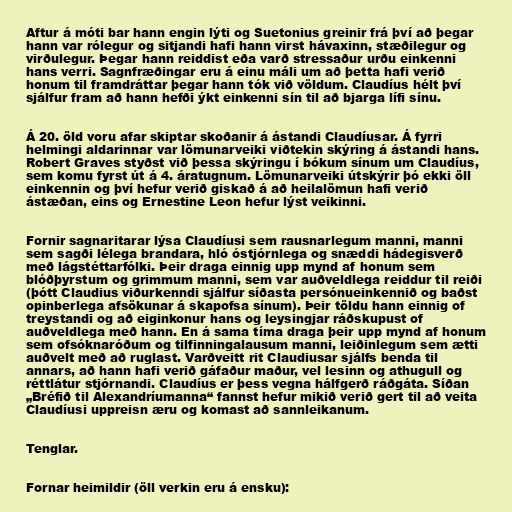
Aftur á móti bar hann engin lýti og Suetonius greinir frá því að þegar
hann var rólegur og sitjandi hafi hann virst hávaxinn, stæðilegur og
virðulegur. Þegar hann reiddist eða varð stressaður urðu einkenni
hans verri. Sagnfræðingar eru á einu máli um að þetta hafi verið
honum til framdráttar þegar hann tók við völdum. Claudíus hélt því
sjálfur fram að hann hefði ýkt einkenni sín til að bjarga lífi sínu.

Á 20. öld voru afar skiptar skoðanir á ástandi Claudíusar. Á fyrri
helmingi aldarinnar var lömunarveiki viðtekin skýring á ástandi hans.
Robert Graves styðst við þessa skýringu í bókum sínum um Claudíus,
sem komu fyrst út á 4. áratugnum. Lömunarveiki útskýrir þó ekki öll
einkennin og því hefur verið giskað á að heilalömun hafi verið
ástæðan, eins og Ernestine Leon hefur lýst veikinni.

Fornir sagnaritarar lýsa Claudíusi sem rausnarlegum manni, manni
sem sagði lélega brandara, hló óstjórnlega og snæddi hádegisverð
með lágstéttarfólki. Þeir draga einnig upp mynd af honum sem
blóðþyrstum og grimmum manni, sem var auðveldlega reiddur til reiði
(þótt Claudius viðurkenndi sjálfur síðasta persónueinkennið og baðst
opinberlega afsökunar á skapofsa sínum). Þeir töldu hann einnig of
treystandi og að eiginkonur hans og leysingjar ráðskupust of
auðveldlega með hann. En á sama tíma draga þeir upp mynd af honum
sem ofsóknaróðum og tilfinningalausum manni, leiðinlegum sem ætti
auðvelt með að ruglast. Varðveitt rit Claudiusar sjálfs benda til
annars, að hann hafi verið gáfaður maður, vel lesinn og athugull og
réttlátur stjórnandi. Claudíus er þess vegna hálfgerð ráðgáta. Síðan
„Bréfið til Alexandríumanna“ fannst hefur mikið verið gert til að veita
Claudíusi uppreisn æru og komast að sannleikanum.

Tenglar.

Fornar heimildir (öll verkin eru á ensku):